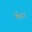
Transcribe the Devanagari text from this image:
मेंमन